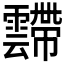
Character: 𱁥